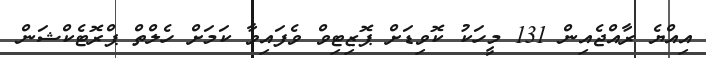
އިއްޔެ ރާއްޖެއިން 131 މީހަކު ކޮވިޑަށް ޕޮޒިޓިވް ވެފައިވާ ކަމަށް ހެލްތް ޕްރޮޓެކްޝަން